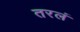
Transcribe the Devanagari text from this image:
तरलं